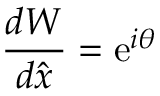
{ \frac { d { \cal W } } { d \hat { x } } } = \mathrm { e } ^ { i \theta }